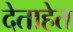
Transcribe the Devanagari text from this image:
देताहेत